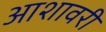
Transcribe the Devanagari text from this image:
आशावरी